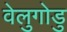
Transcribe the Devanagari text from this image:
वेलुगोडु